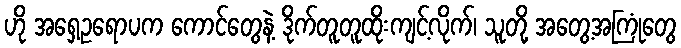
ဟို အရှေ့ဥရောပက ကောင်တွေနဲ့ ဒိုက်တူတူထိုးကျင့်လိုက်၊ သူတို့ အတွေ့အကြုံတွေ